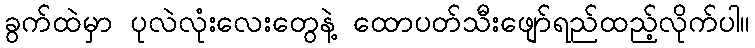
ခွက်ထဲမှာ ပုလဲလုံးလေးတွေနဲ့ ထောပတ်သီးဖျော်ရည်ထည့်လိုက်ပါ။